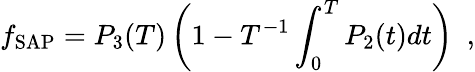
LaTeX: f_{\mathrm{SAP}}=P_{3}(T)\left(1-T^{-1}\int_{0}^{T}P_{2}(t)dt\right)\ \ ,